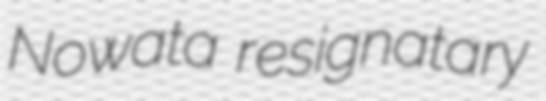
Nowata resignatary